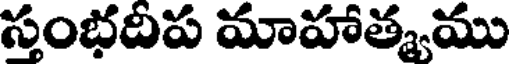
సంభదిప మాహాత్మము